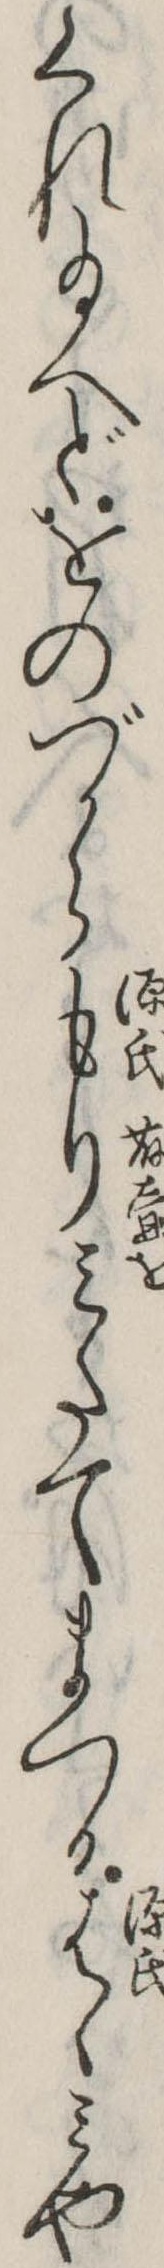
くれ給へどをのづからもりみたてまつるはゝみや